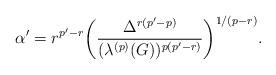
LaTeX: \begin{align*}\alpha'=r^{p'-r}\bigg(\frac{\Delta^{r(p'-p)}}{(\lambda^{(p)}(G))^{p(p'-r)}}\bigg)^{1/(p-r)}. \end{align*}